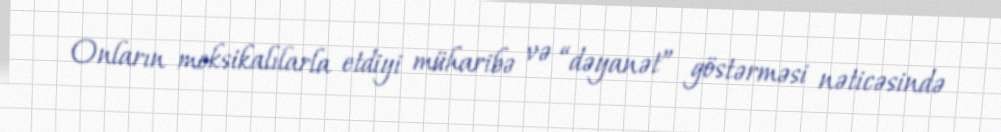
Onların meksikalılarla etdiyi müharibə və “dəyanət” göstərməsi nəticəsində